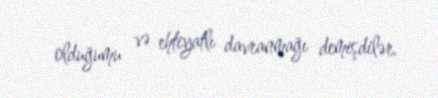
olduğumu və ehtiyatlı davranmağı demişdilər.